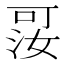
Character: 𪡑